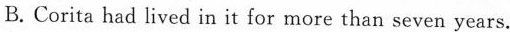
B.Corita had lived in it for more than seven years.